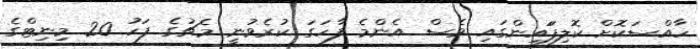
ހާއްސަކޮށް ކޮލިފަައިންގައި ވެސް އެންމެ ފާހަގަ ކުރެވުނީ މެޗުގެ ފަހު 20 މިނިޓްގެ